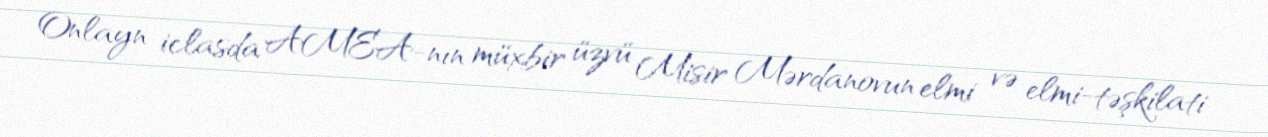
Onlayn iclasda AMEA-nın müxbir üzvü Misir Mərdanovun elmi və elmi-təşkilati